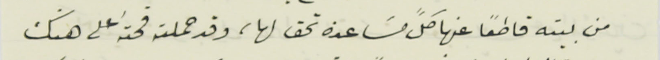
من بيته قاطعاً عنها كلَّ مسَاعدة تحق لها، وقد حملته قحته على هتك